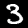
Label: 3